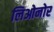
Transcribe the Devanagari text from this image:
लिओनोर